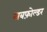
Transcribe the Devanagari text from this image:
सबफ़ोल्डर